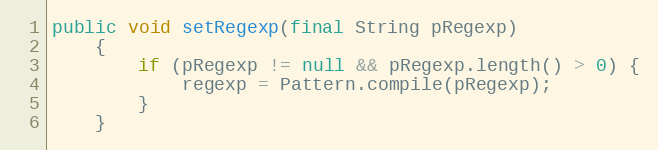
Language: Java
public void setRegexp(final String pRegexp)
    {
        if (pRegexp != null && pRegexp.length() > 0) {
            regexp = Pattern.compile(pRegexp);
        }
    }